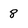
Character: 8